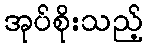
အုပ်စိုးသည့်